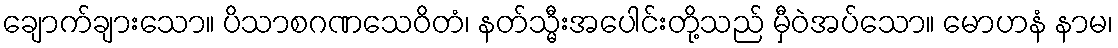
ချောက်ချားသော။ ပိသာစဂဏသေဝိတံ၊ နတ်သ္မီးအပေါင်းတို့သည် မှီဝဲအပ်သော။ မောဟနံ နာမ၊